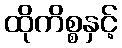
ထိုကိစ္စနှင့်